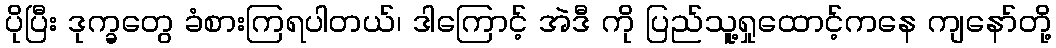
ပိုပြီး ဒုက္ခတွေ ခံစားကြရပါတယ်၊ ဒါကြောင့် အဲဒီ ကို ပြည်သူ့ရှုထောင့်ကနေ ကျနော်တို့